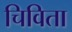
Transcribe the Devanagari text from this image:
चिविता